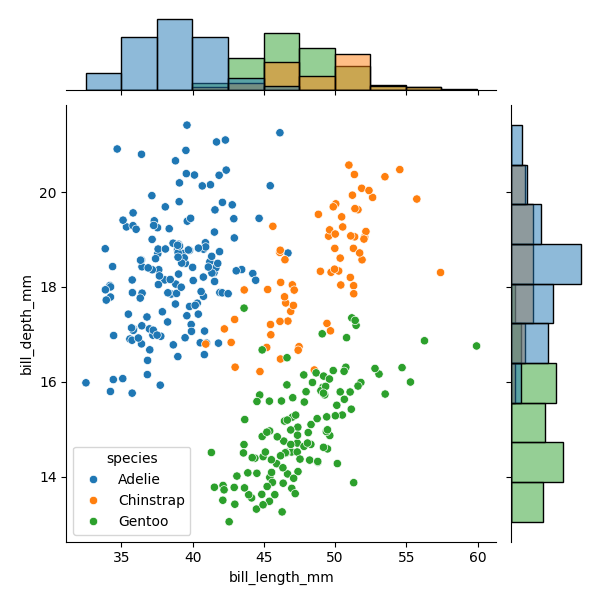
python, seaborn, JointGrid, scatterplot, histplot, hue